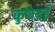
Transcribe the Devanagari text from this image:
कुणबई